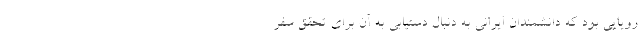
رویایی بود که دانشمندان ایرانی به دنبال دستیابی به آن برای تحقق سفر